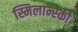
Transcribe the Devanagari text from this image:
स्मिलान्स्की